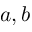
a , b